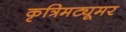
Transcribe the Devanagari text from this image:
कृत्रिमट्यूमर